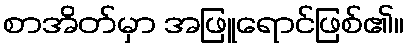
စာအိတ်မှာ အဖြူရောင်ဖြစ်၏။